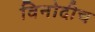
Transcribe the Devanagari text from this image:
विनोदीच